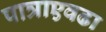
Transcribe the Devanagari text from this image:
पात्राएवढा